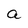
Character: a